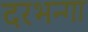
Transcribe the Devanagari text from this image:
दरभन्गा